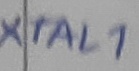
Text: XTAL1